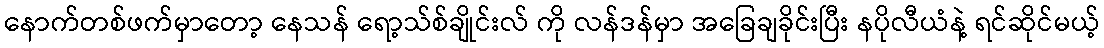
နောက်တစ်ဖက်မှာတော့ နေသန် ရော့သ်စ်ချိုင်းလ် ကို လန်ဒန်မှာ အခြေချခိုင်းပြီး နပိုလီယံနဲ့ ရင်ဆိုင်မယ့်